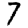
Digit: 7